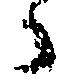
々